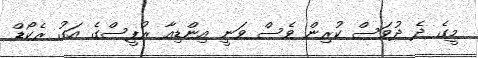
މީގެ ދެ ދުވަސް ކުރިން ވެސް ވަނީ އިންޑިއާ ރުޕީސްގެ އަގު ރެކޯޑް